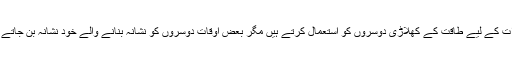
مفادات کے لیے طاقت کے کھلاڑی دوسروں کو استعمال کرتے ہیں مگر بعض اوقات دوسروں کو نشانہ بنانے والے خود نشانہ بن جاتے ہیں۔